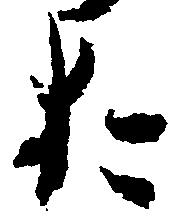
お